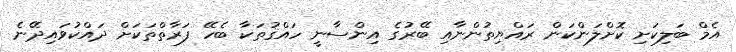
އެމް ބަލިކަށި ކޮށްލަންކަން ރައްޔިތުންނާއި ބޭރުގެ އިންސާނީ ހައްޤުތަކާ ބެހޭ ފަރާތްތަކަށް ދައްކުވައިދޭނެ